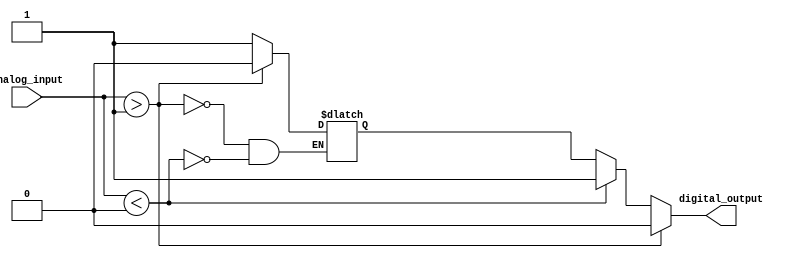
module schmitt_trigger_inverter(
    input wire analog_input,
    output reg digital_output
);

reg prev_output;

initial begin
    prev_output = 1'b0;
end

always @(*) begin
    if(analog_input > 1'b1) begin
        digital_output <= 1'b0;
        prev_output <= 1'b0;
    end else if(analog_input < 1'b0) begin
        digital_output <= 1'b1;
        prev_output <= 1'b1;
    end else begin
        digital_output <= prev_output;
    end
end

endmodule